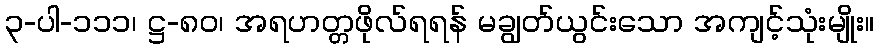
၃-ပါ-၁၁၁၊ ဋ္ဌ-၈၀၊ အရဟတ္တဖိုလ်ရရန် မချွတ်ယွင်းသော အကျင့်သုံးမျိုး။